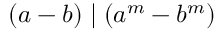
( a - b ) \mid ( a ^ { m } - b ^ { m } )